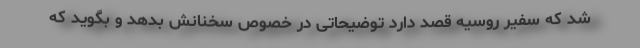
شد که سفیر روسیه قصد دارد توضیحاتی در خصوص سخنانش بدهد و بگوید که